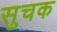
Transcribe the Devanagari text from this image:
सुचक